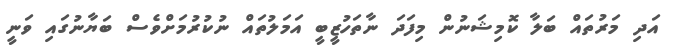
އަދި މަރުތައް ބަލާ ކޮމިޝަނުން މިފަދަ ނާތަހުޒީބީ އަމަލުތައް ނުކުރުމަށްވެސް ބަޔާނުގައި ވަނީ